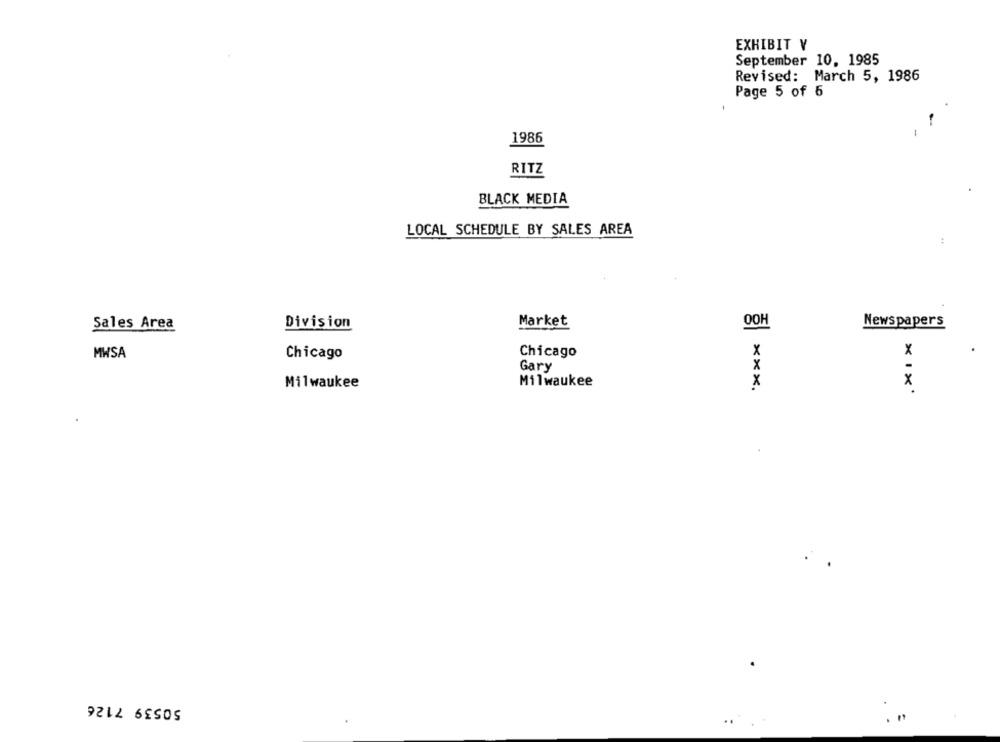
EXHIBIT V
September 10, 1985
Revised: March 5, 1986
Page 5 of 6
1986
RITZ
BLACK MEDIA
LOCAL SCHEDULE BY SALES AREA
:
Sales Area
Division
Market
OOH
Newspapers
X
MWSA
Chicago
Chicago
x
Gary
X
Milwaukee
Milwaukee
x
50539 7126